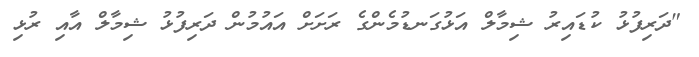
"ދަރިފުޅު ކުޑައިރު ޝިމާލް އަޅުގަނޑުމެންގެ ރަށަށް އައުމުން ދަރިފުޅު ޝިމާލް އާއި ރުޅި